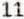
11